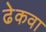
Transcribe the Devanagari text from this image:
ढेकवा